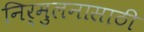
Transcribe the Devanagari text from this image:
निर्मुलनासाठी